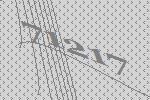
71217